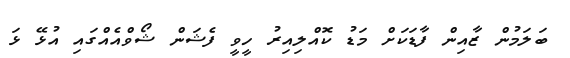
ބަލަމުން ޒާއިން ފާޑަކަށް މަޑު ކޮއްލިއިރު ހީވީ ފެޝަން ޝޯވްއެއްގައި އުޅޭ ޅަ